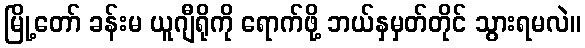
မြို့တော် ခန်းမ ယူဂျီရိုကို ရောက်ဖို့ ဘယ်နှမှတ်တိုင် သွားရမလဲ။